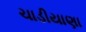
ચાડીયાણા